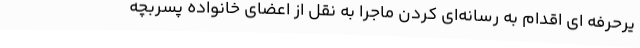
یرحرفه ای اقدام به رسانه‌ای کردن ماجرا به نقل از اعضای خانواده پسربچه